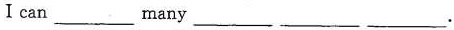
I can ___ many ___ ___ ___.